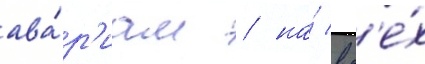
ава́р'иам / на́ вс'е́х